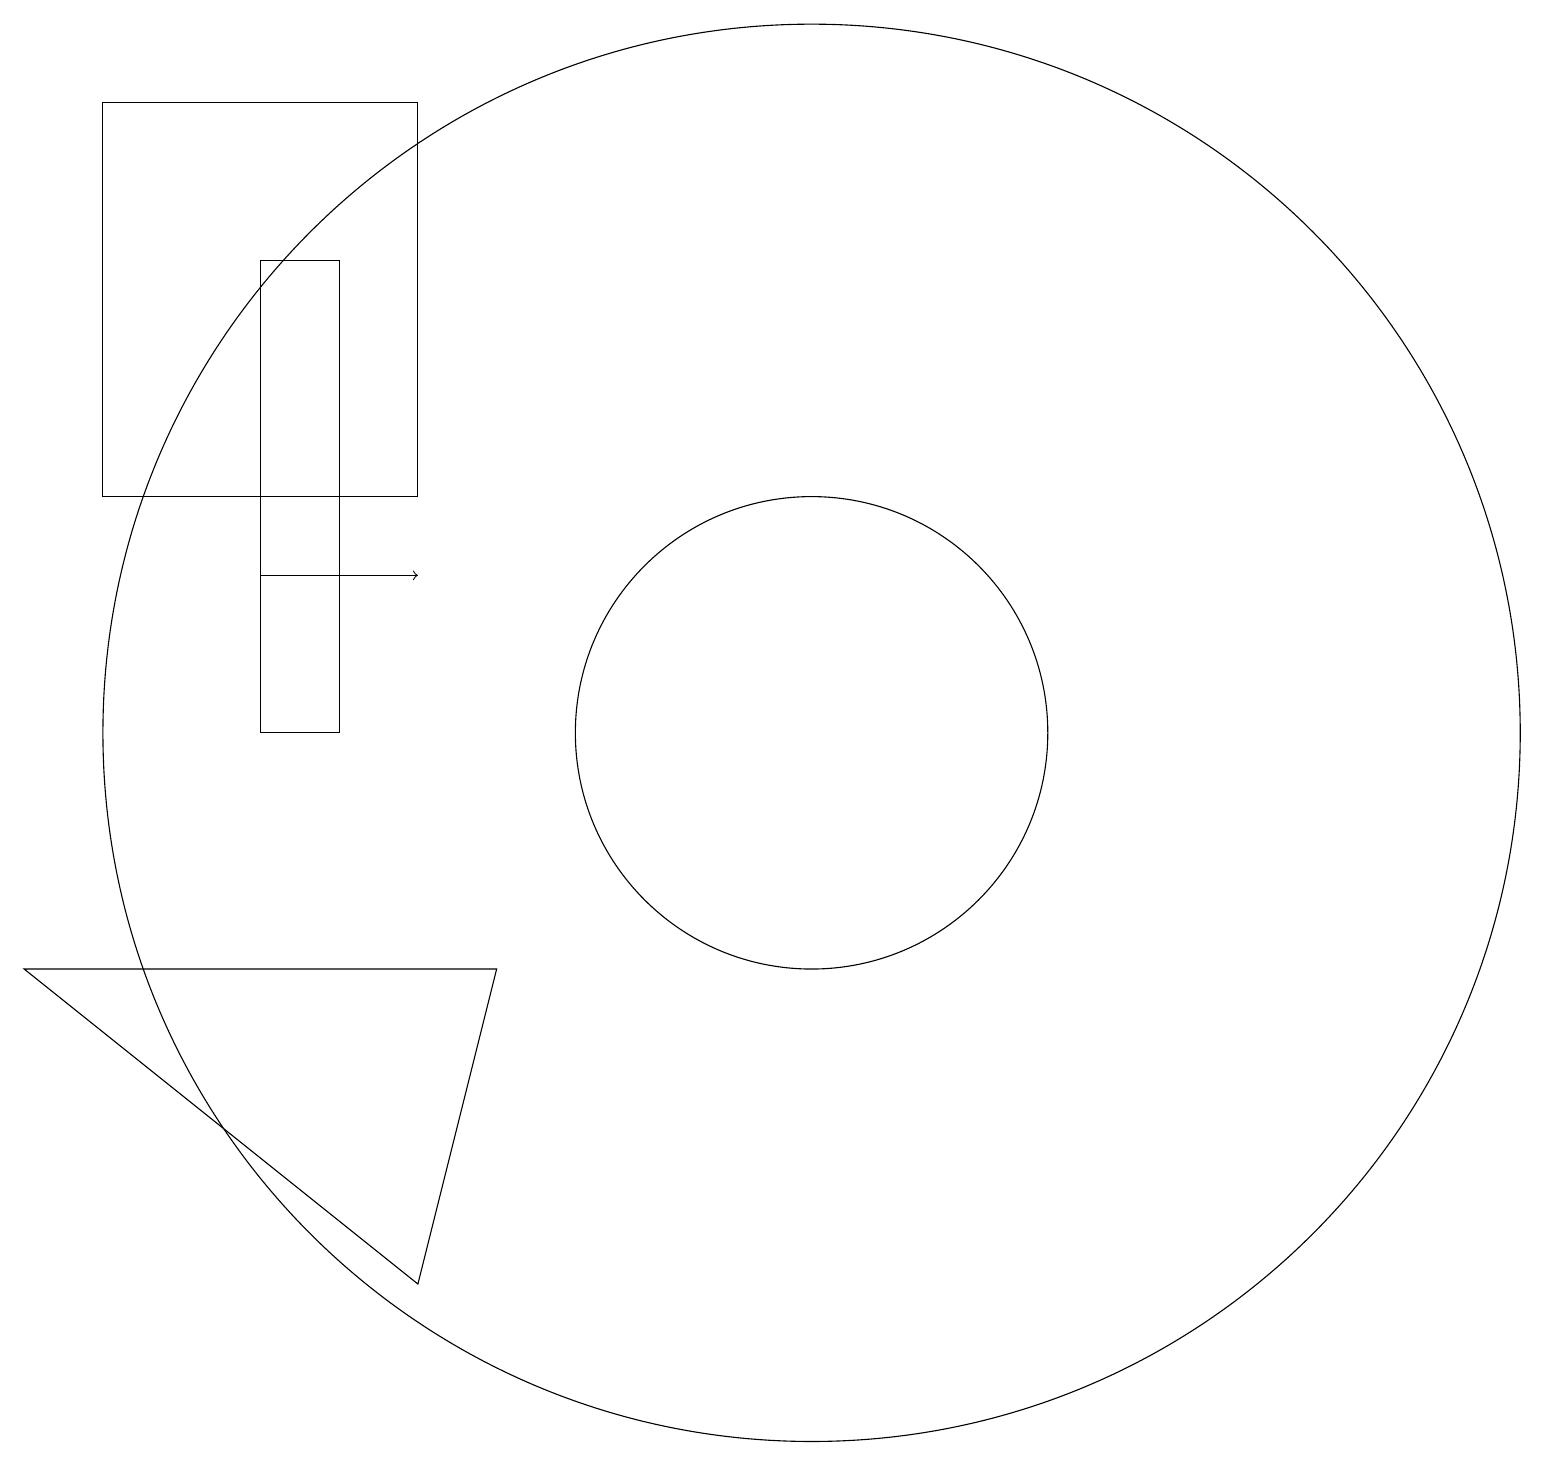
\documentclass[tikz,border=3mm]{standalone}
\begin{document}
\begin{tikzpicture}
\draw[->] (3,12) -- (5,12);
\draw (4,16) rectangle (3,10);
\draw (10,10) circle (9);
\draw (10,10) circle (3);
\draw (5,3) -- (0,7) -- (6,7) -- cycle;
\draw (1,18) rectangle (5,13);
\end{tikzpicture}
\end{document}